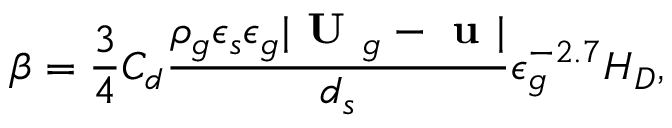
\beta = \frac { 3 } { 4 } C _ { d } \frac { \rho _ { g } \epsilon _ { s } \epsilon _ { g } | \textbf { U } _ { g } - \textbf { u } | } { d _ { s } } \epsilon _ { g } ^ { - 2 . 7 } H _ { D } ,